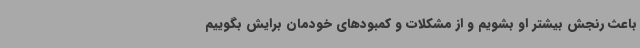
باعث رنجش بیشتر او بشویم و از مشکلات و کمبودهای خودمان برایش بگوییم